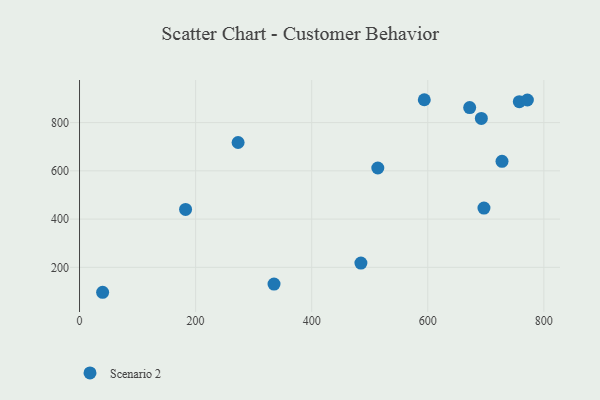
{"axis": {"x": "Price", "y": "Exam Score"}, "legend": ["Scenario 2"], "data": [{"x": "335.1", "y": 130.6, "type": "Scenario 2"}, {"x": "39.8", "y": 96.7, "type": "Scenario 2"}, {"x": "484.8", "y": 217.7, "type": "Scenario 2"}, {"x": "692.3", "y": 817.2, "type": "Scenario 2"}, {"x": "757.7", "y": 886.6, "type": "Scenario 2"}, {"x": "672.2", "y": 862.2, "type": "Scenario 2"}, {"x": "273.2", "y": 717.5, "type": "Scenario 2"}, {"x": "727.9", "y": 639.6, "type": "Scenario 2"}, {"x": "696.8", "y": 445.7, "type": "Scenario 2"}, {"x": "771.6", "y": 893.6, "type": "Scenario 2"}, {"x": "594.0", "y": 894.7, "type": "Scenario 2"}, {"x": "182.7", "y": 440.2, "type": "Scenario 2"}, {"x": "513.9", "y": 611.7, "type": "Scenario 2"}]}